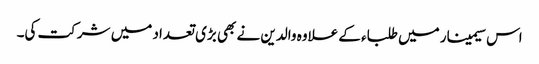
اس سیمینار میں طلباء کے علاوہ والدین نے بھی بڑی تعداد میں شرکت کی۔